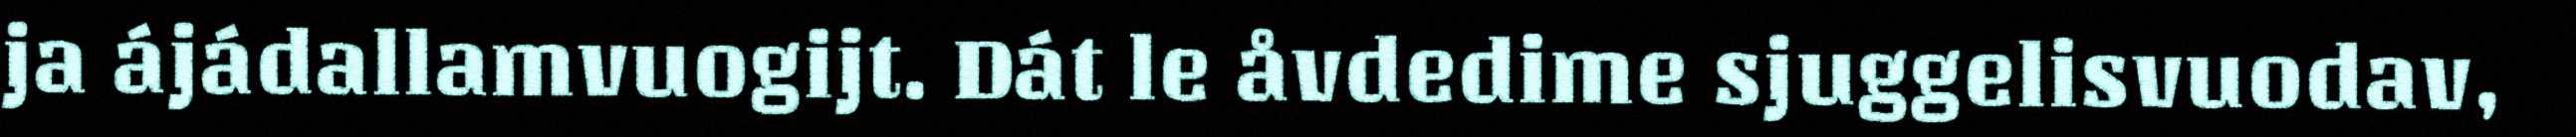
ja ájádallamvuogijt. Dát le åvdedime sjuggelisvuodav,